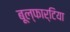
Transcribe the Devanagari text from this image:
बूल्फार्टिया